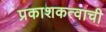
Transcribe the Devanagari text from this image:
प्रकाशकत्वाची